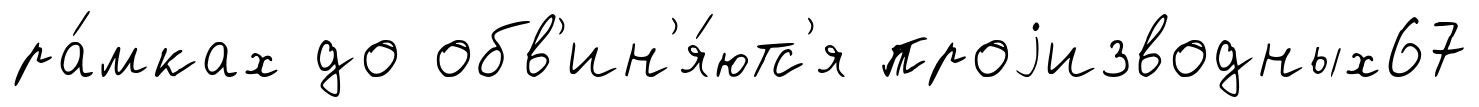
ра́мках до обв'ин'я́ютс'я проjизводных67